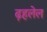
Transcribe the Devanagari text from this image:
ढ़हलेल